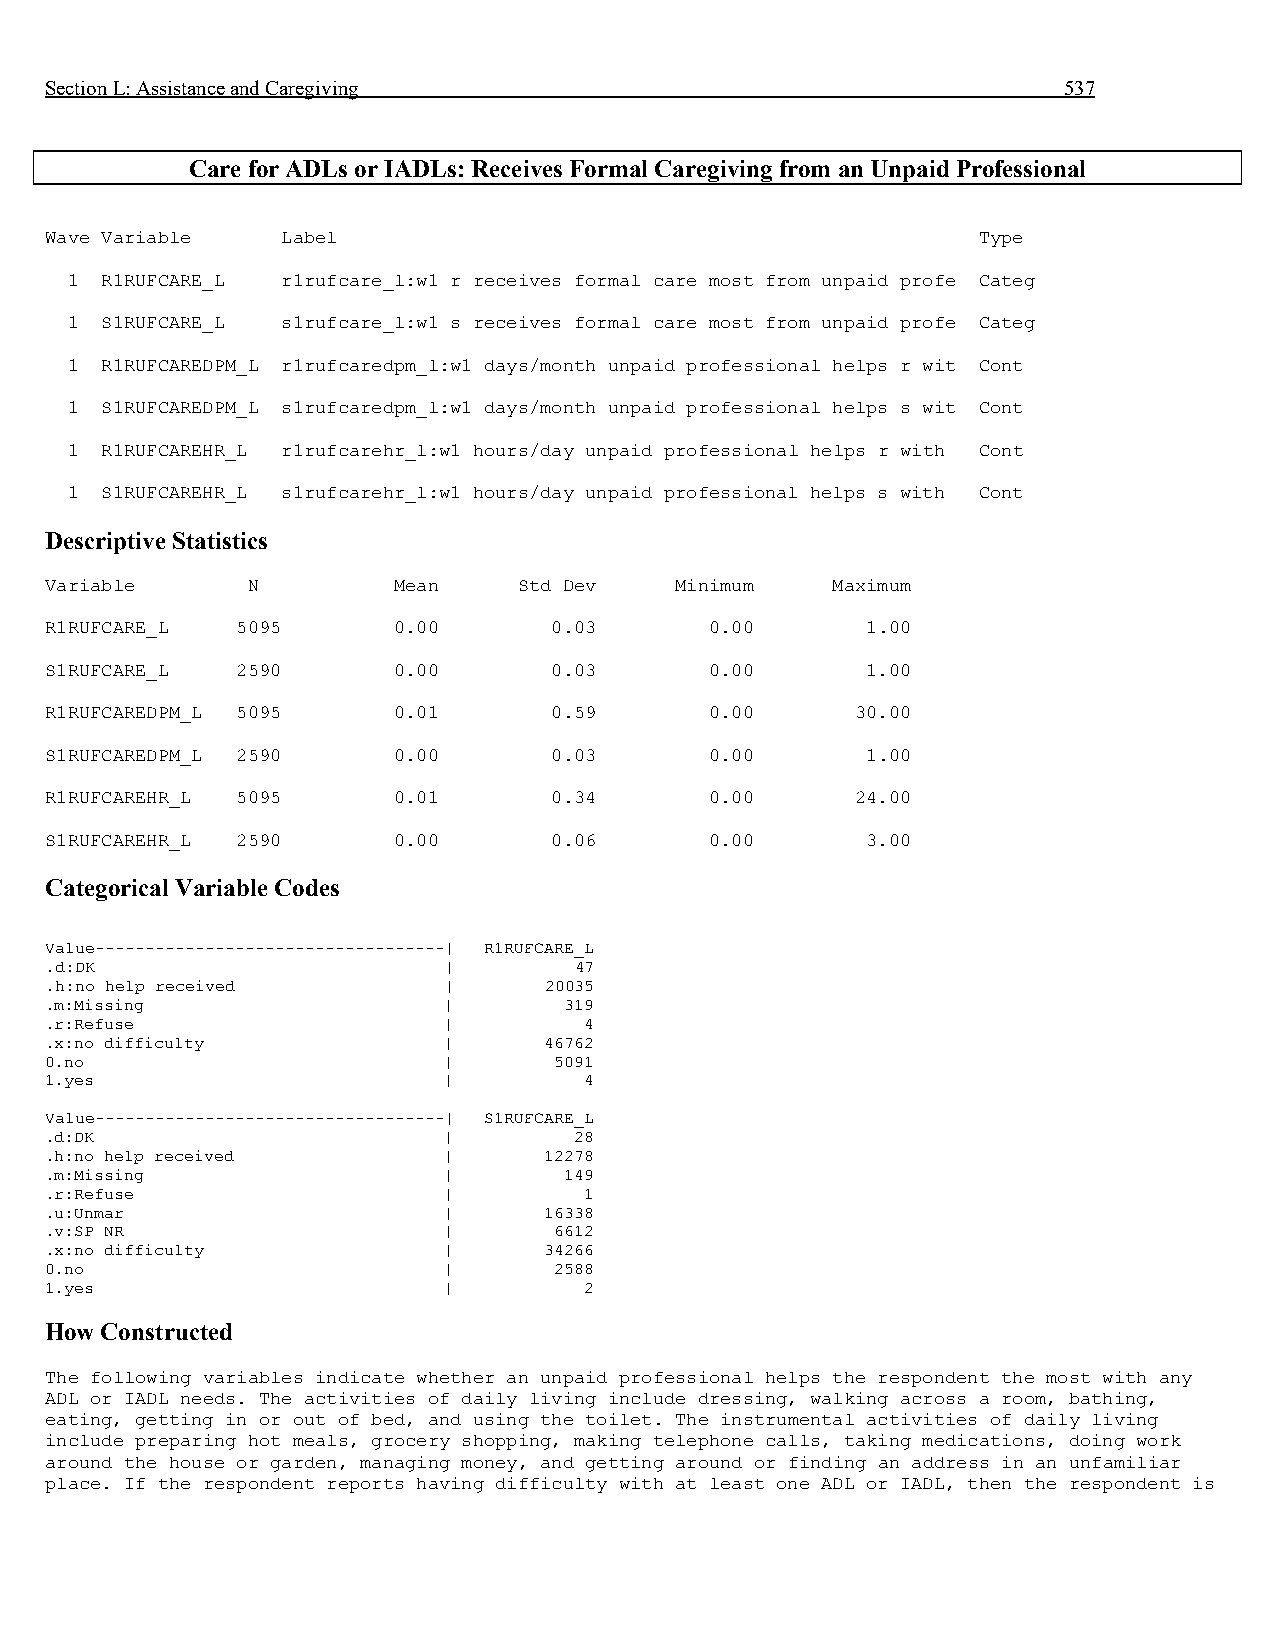
Section L: Assistance and Caregiving                               537
 Care for ADLs or IADLs: Receives Formal Caregiving from an Unpaid Professional
 Wave Variable   Label                                         Type
 1  R1RUFCARE_L r1rufcare_l:w1 r receives formal care most from unpaid profe Categ
 1  S1RUFCARE_L s1rufcare_l:w1 s receives formal care most from unpaid profe Categ
 1  R1RUFCAREDPM_L r1rufcaredpm_l:w1 days/month unpaid professional helps r wit Cont
 1  S1RUFCAREDPM_L s1rufcaredpm_l:w1 days/month unpaid professional helps s wit Cont
 1  R1RUFCAREHR_L r1rufcarehr_l:w1 hours/day unpaid professional helps r with Cont
 1  S1RUFCAREHR_L s1rufcarehr_l:w1 hours/day unpaid professional helps s with Cont
 Descriptive Statistics
 Variable     N         Mean    Std Dev    Minimum   Maximum
 R1RUFCARE_L  5095      0.00      0.03       0.00      1.00
 S1RUFCARE_L  2590      0.00      0.03       0.00      1.00
 R1RUFCAREDPM_L 5095    0.01      0.59       0.00      30.00
 S1RUFCAREDPM_L 2590    0.00      0.03       0.00      1.00
 R1RUFCAREHR_L 5095     0.01      0.34       0.00      24.00
 S1RUFCAREHR_L 2590     0.00      0.06       0.00      3.00
 Categorical Variable Codes
 Value-----------------------------------| R1RUFCARE_L
 .d:DK                     |        47
 .h:no help received       |      20035
 .m:Missing                |       319
 .r:Refuse                 |         4
 .x:no difficulty          |      46762
 0.no                      |       5091
 1.yes                     |         4
 Value-----------------------------------| S1RUFCARE_L
 .d:DK                     |        28
 .h:no help received       |      12278
 .m:Missing                |       149
 .r:Refuse                 |         1
 .u:Unmar                  |      16338
 .v:SP NR                  |       6612
 .x:no difficulty          |      34266
 0.no                      |       2588
 1.yes                     |         2
 How Constructed
 The following variables indicate whether an unpaid professional helps the respondent the most with any
 ADL or IADL needs. The activities of daily living include dressing, walking across a room, bathing,
 eating, getting in or out of bed, and using the toilet. The instrumental activities of daily living
 include preparing hot meals, grocery shopping, making telephone calls, taking medications, doing work
 around the house or garden, managing money, and getting around or finding an address in an unfamiliar
 place. If the respondent reports having difficulty with at least one ADL or IADL, then the respondent is